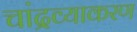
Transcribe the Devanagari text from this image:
चांद्रव्याकरण